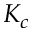
K _ { c }